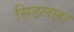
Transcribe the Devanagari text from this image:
सिडलला